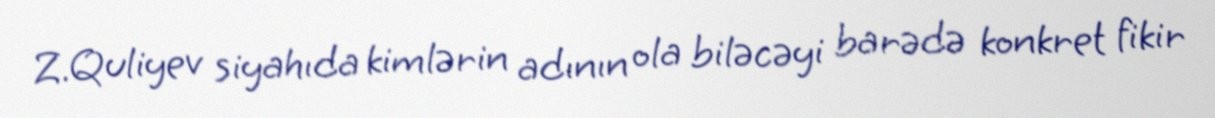
Z.Quliyev siyahıda kimlərin adının ola biləcəyi barədə konkret fikir